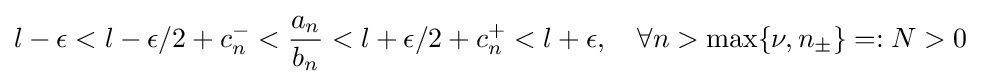
l-\epsilon <l-\epsilon /2+c_{n}^{-}<{\frac {a_{n}}{b_{n}}}<l+\epsilon /2+c_{n}^{+}<l+\epsilon ,\quad \forall n>\max \lbrace \nu ,n_{\pm }\rbrace =:N>0